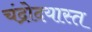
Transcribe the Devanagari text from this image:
चंद्रोदयास्त